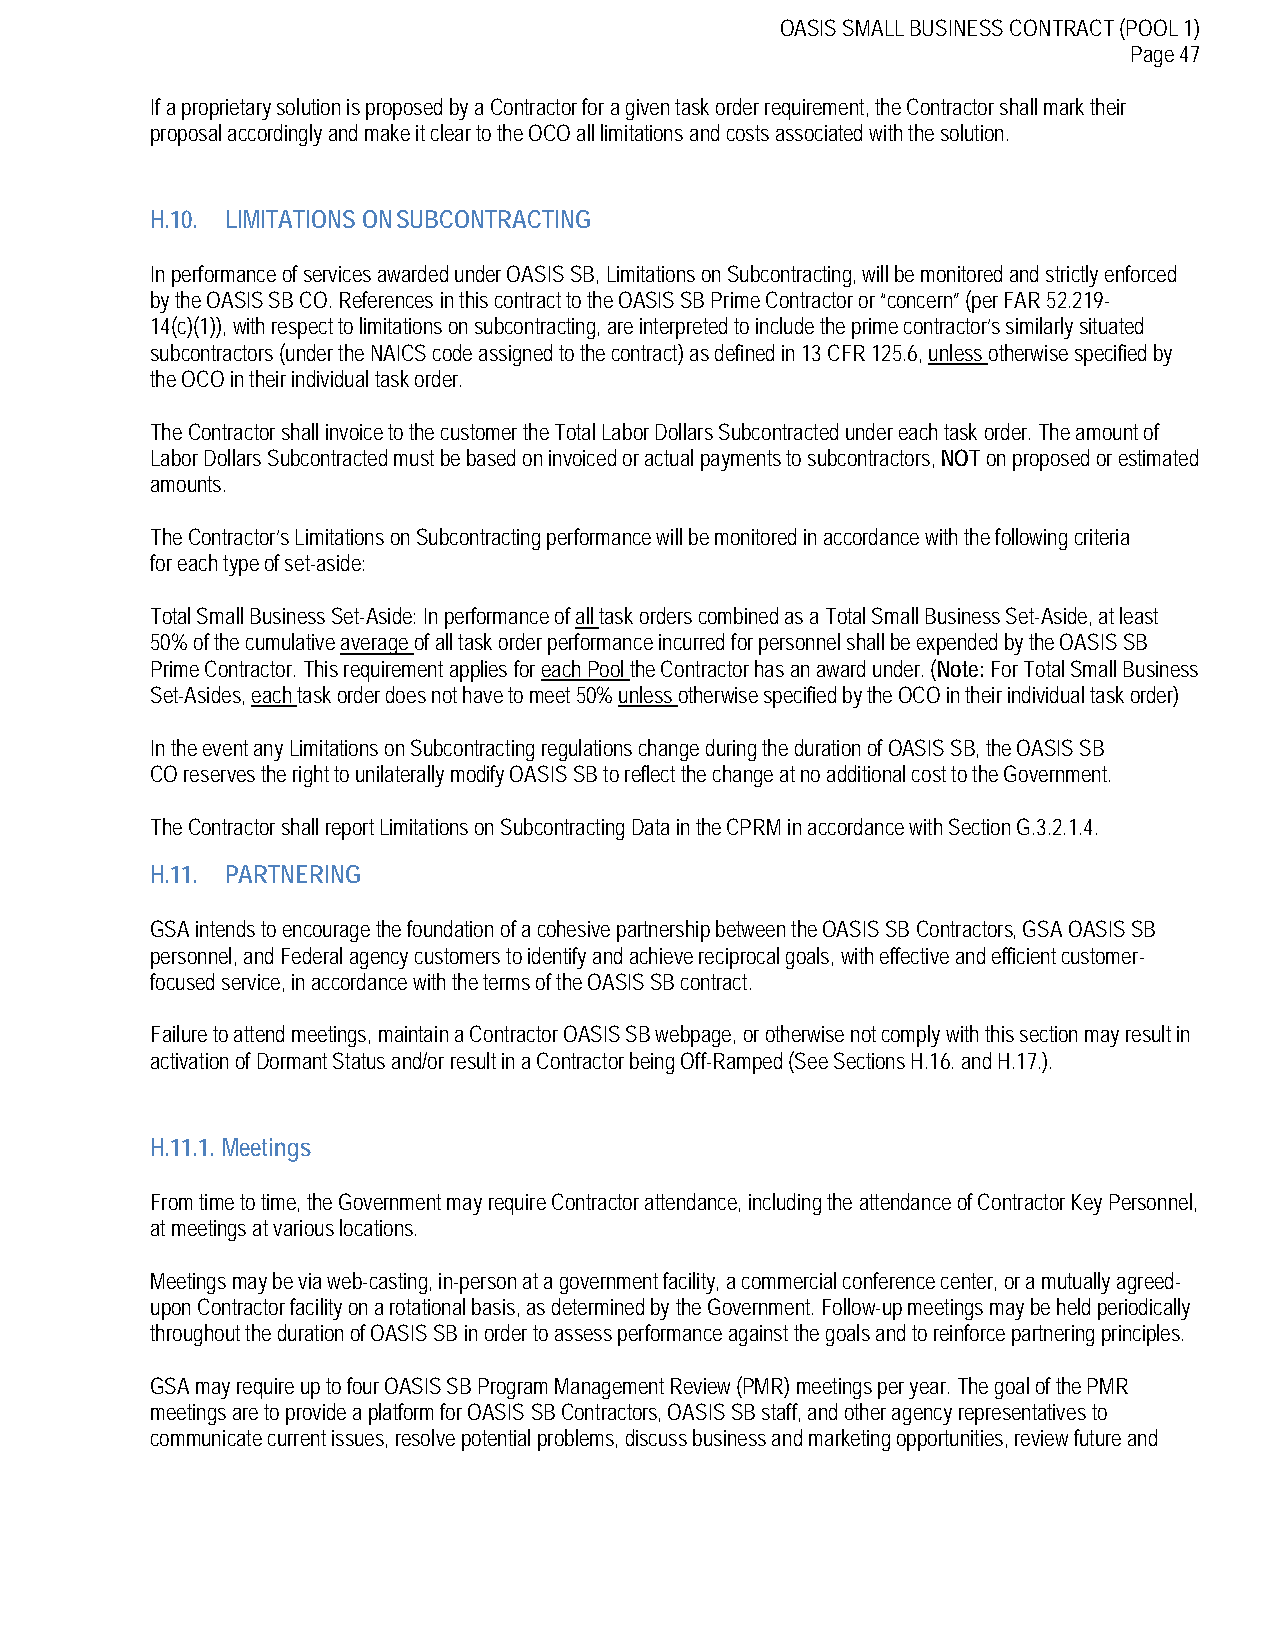
OASIS SMALL BUSINESS CONTRACT (POOL 1)
 Page 47
 If a proprietary solution is proposed by a Contractor for a given task order requirement, the Contractor shall mark their
 proposal accordingly and make it clear to the OCO all limitations and costs associated with the solution.
 H.10. LIMITATIONS ON SUBCONTRACTING
 In performance of services awarded under OASIS SB, Limitations on Subcontracting, will be monitored and strictly enforced
 by the OASIS SB CO. References in this contract to the OASIS SB Prime Contractor or “concern” (per FAR 52.219-
 14(c)(1)), with respect to limitations on subcontracting, are interpreted to include the prime contractor’s similarly situated
 subcontractors (under the NAICS code assigned to the contract) as defined in 13 CFR 125.6, unless otherwise specified by
 the OCO in their individual task order.
 The Contractor shall invoice to the customer the Total Labor Dollars Subcontracted under each task order. The amount of
 Labor Dollars Subcontracted must be based on invoiced or actual payments to subcontractors, NOT on proposed or estimated
 amounts.
 The Contractor’s Limitations on Subcontracting performance will be monitored in accordance with the following criteria
 for each type of set-aside:
 Total Small Business Set-Aside: In performance of all task orders combined as a Total Small Business Set-Aside, at least
 50% of the cumulative average of all task order performance incurred for personnel shall be expended by the OASIS SB
 Prime Contractor. This requirement applies for each Pool the Contractor has an award under. (Note: For Total Small Business
 Set-Asides, each task order does not have to meet 50% unless otherwise specified by the OCO in their individual task order)
 In the event any Limitations on Subcontracting regulations change during the duration of OASIS SB, the OASIS SB
 CO reserves the right to unilaterally modify OASIS SB to reflect the change at no additional cost to the Government.
 The Contractor shall report Limitations on Subcontracting Data in the CPRM in accordance with Section G.3.2.1.4.
 H.11. PARTNERING
 GSA intends to encourage the foundation of a cohesive partnership between the OASIS SB Contractors, GSA OASIS SB
 personnel, and Federal agency customers to identify and achieve reciprocal goals, with effective and efficient customer-
 focused service, in accordance with the terms of the OASIS SB contract.
 Failure to attend meetings, maintain a Contractor OASIS SB webpage, or otherwise not comply with this section may result in
 activation of Dormant Status and/or result in a Contractor being Off-Ramped (See Sections H.16. and H.17.).
 H.11.1. Meetings
 From time to time, the Government may require Contractor attendance, including the attendance of Contractor Key Personnel,
 at meetings at various locations.
 Meetings may be via web-casting, in-person at a government facility, a commercial conference center, or a mutually agreed-
 upon Contractor facility on a rotational basis, as determined by the Government. Follow-up meetings may be held periodically
 throughout the duration of OASIS SB in order to assess performance against the goals and to reinforce partnering principles.
 GSA may require up to four OASIS SB Program Management Review (PMR) meetings per year. The goal of the PMR
 meetings are to provide a platform for OASIS SB Contractors, OASIS SB staff, and other agency representatives to
 communicate current issues, resolve potential problems, discuss business and marketing opportunities, review future and